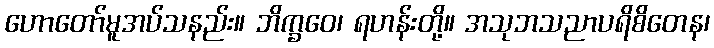
ဟောတော်မူအပ်သနည်း။ ဘိက္ခဝေ၊ ရဟန်းတို့။ အသုဘသညာပရိစိတေန၊